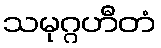
သမုဂ္ဂဟီတံ